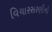
વિચારસરણીનો